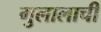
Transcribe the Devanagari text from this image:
गुलालाची